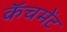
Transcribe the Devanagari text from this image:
कॅचमेंट